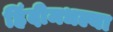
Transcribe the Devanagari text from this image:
हिंदीमधल्या